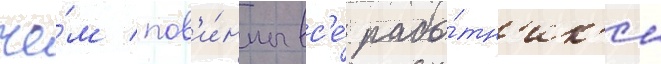
че́м пов'и́нны вс'е́ рабо́тн'ик'и